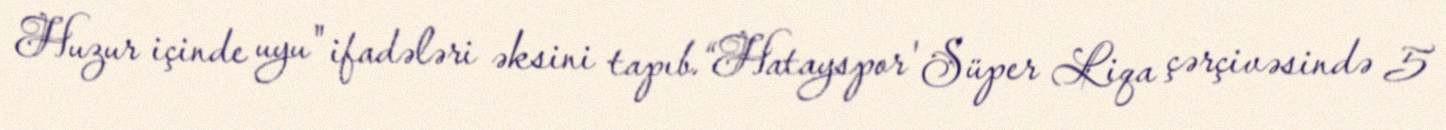
Huzur içinde uyu" ifadələri əksini tapıb.“Hatayspor' Süper Liqa çərçivəsində 5